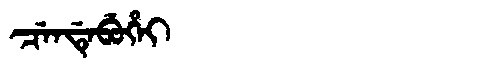
Manchu: ᠴᡝᠨᡩᡝᠪᡠᡥᡝᡳ
Romanization: CENDEBUHEI